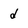
Character: d